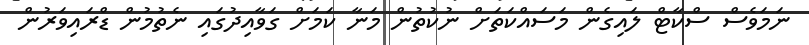
ނަމަވެސް ސްކާޓް ލައިގެން މަސައްކަތަށް ނުކުތުން މަނާ ކަމަށް ގަވާއިދުގައި ނެތުމުން ޑްރައިވަރުން